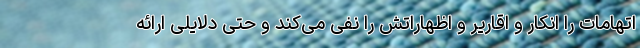
اتهامات را انکار و اقاریر و اظهاراتش را نفی می‌کند و حتی دلایلی ارائه